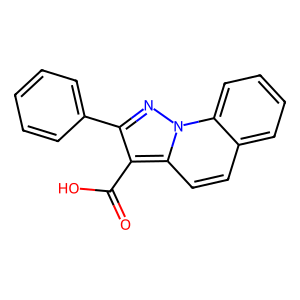
SMILES: O=C(O)c1c(-c2ccccc2)nn2c1ccc1ccccc12
Inhibits HIV replication: No